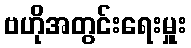
ဗဟိုအတွင်းရေးမှူး